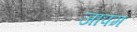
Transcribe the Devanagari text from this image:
जापम